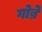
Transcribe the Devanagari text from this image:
गोब्रे